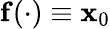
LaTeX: \mathbf{f}(\cdot)\equiv\mathbf{x}_{0}